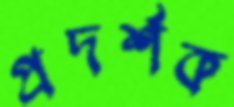
প্রদর্শক